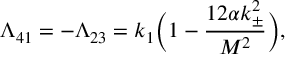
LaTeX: \Lambda _ { 4 1 } = - \Lambda _ { 2 3 } = k _ { 1 } \bigg ( 1 - \frac { 1 2 \alpha k _ { \pm } ^ { 2 } } { M ^ { 2 } } \bigg ) ,